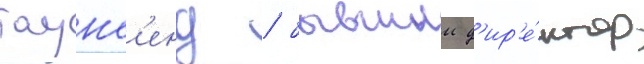
таунс'енд / бывшии д'ир'е́ктор